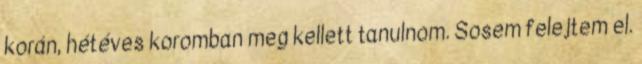
korán, hétéves koromban meg kellett tanulnom. Sosem felejtem el.